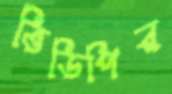
ভিডিপির